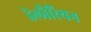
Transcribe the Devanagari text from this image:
डेलौरियन